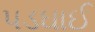
પડઘાઈ